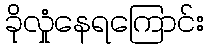
ခိုလှုံနေရကြောင်း